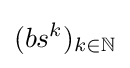
(bs^{k})_{k\in \mathbb {N} }